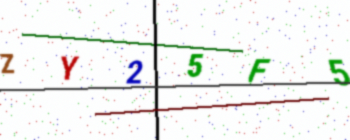
Text: ZY25F5